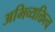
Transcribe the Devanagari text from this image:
अभिव्यक्तित्व